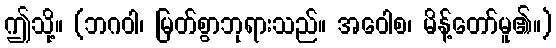
ဤသို့။ (ဘဂဝါ၊ မြတ်စွာဘုရားသည်။ အဝေါစ၊ မိန့်တော်မူ၏။)